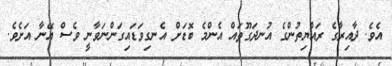
އެވެ. ދާއިރާގެ ރައްޔިތުންގެ އުނދަގޫތައް އެންމެ ބޮޑަށް އެނގިވަޑައިގަންނަވާނީ ވެސް އޭނާ އަށެވެ.